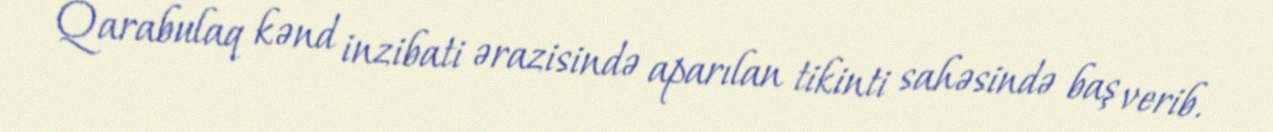
Qarabulaq kənd inzibati ərazisində aparılan tikinti sahəsində baş verib.